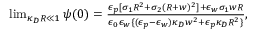
\begin{array} { r } { \operatorname* { l i m } _ { \kappa _ { D } R \ll 1 } \psi ( 0 ) = \frac { \epsilon _ { p } [ \sigma _ { 1 } R ^ { 2 } + \sigma _ { 2 } ( R + w ) ^ { 2 } ] + \epsilon _ { w } \sigma _ { 1 } w R } { \epsilon _ { 0 } \epsilon _ { w } \{ ( \epsilon _ { p } - \epsilon _ { w } ) \kappa _ { D } w ^ { 2 } + \epsilon _ { p } \kappa _ { D } R ^ { 2 } \} } , } \end{array}